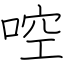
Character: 啌